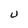
Character: U